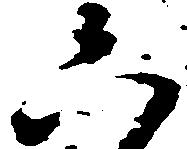
六